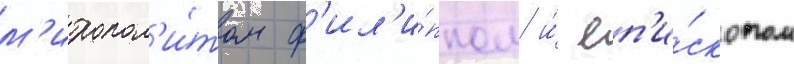
м'итропол'и́том ф'ил'и́ппом и́ еп'и́скопом